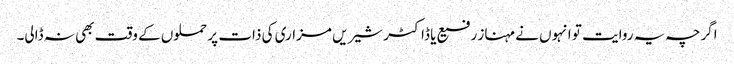
اگرچہ یہ روایت تو انہوں نے مہناز رفیع یا ڈاکٹر شیریں مزاری کی ذات پر حملوں کے وقت بھی نہ ڈالی۔